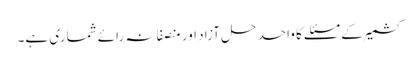
کشمیر کے مسئلے کا واحد حل آزاد اور منصفانہ رائے شماری ہے۔